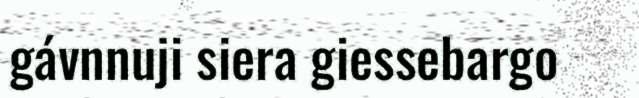
gávnnuji siera giessebargo